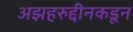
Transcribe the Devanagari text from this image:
अझहरुद्दीनकडून